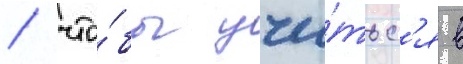
/ что́бы учи́тьс'я в